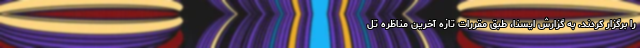
را برگزار کردند. به گزارش ایسنا، طبق مقررات تازه‌ آخرین مناظره تل